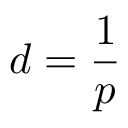
d = \frac { 1 } { p }